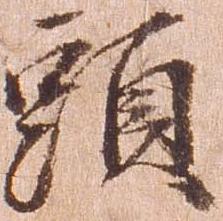
頭